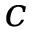
c